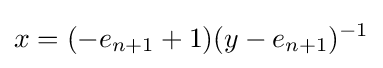
x=(-e_{n+1}+1)(y-e_{n+1})^{-1}